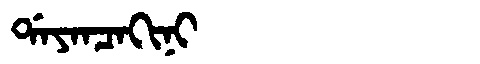
Manchu: ᡩᠠᠶᠠᠨᠴᠠᡴᡳᠨᡳ
Romanization: DAYANCAKINI